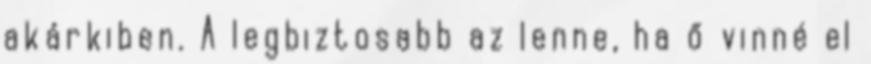
akárkiben. A legbiztosabb az lenne, ha ő vinné el